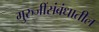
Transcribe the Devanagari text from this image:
गुरुजींसंबंधातील